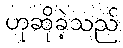
ဟုဆိုခဲ့သည်